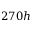
2 7 0 h